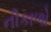
નીકાળો